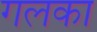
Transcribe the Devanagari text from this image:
गलका